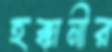
হক্কানীর